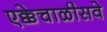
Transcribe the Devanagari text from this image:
एक्केचाळीसवे